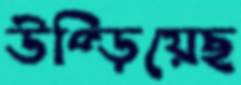
উপ্‌ড়িয়েছ